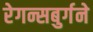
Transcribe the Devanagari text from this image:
रेगन्सबुर्गने